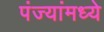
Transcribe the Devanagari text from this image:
पंज्यांमध्ये